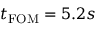
t _ { \mathrm { F O M } } = 5 . 2 s